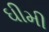
ઘીમી